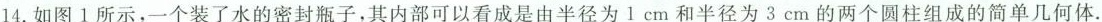
14.如图1所示，一个装了水的密封瓶子，其内部可以看成是由半径为1cm和半径为3cm的两个圆柱组成的简单几何体.